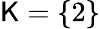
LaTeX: \mathsf{K}=\{ 2\}